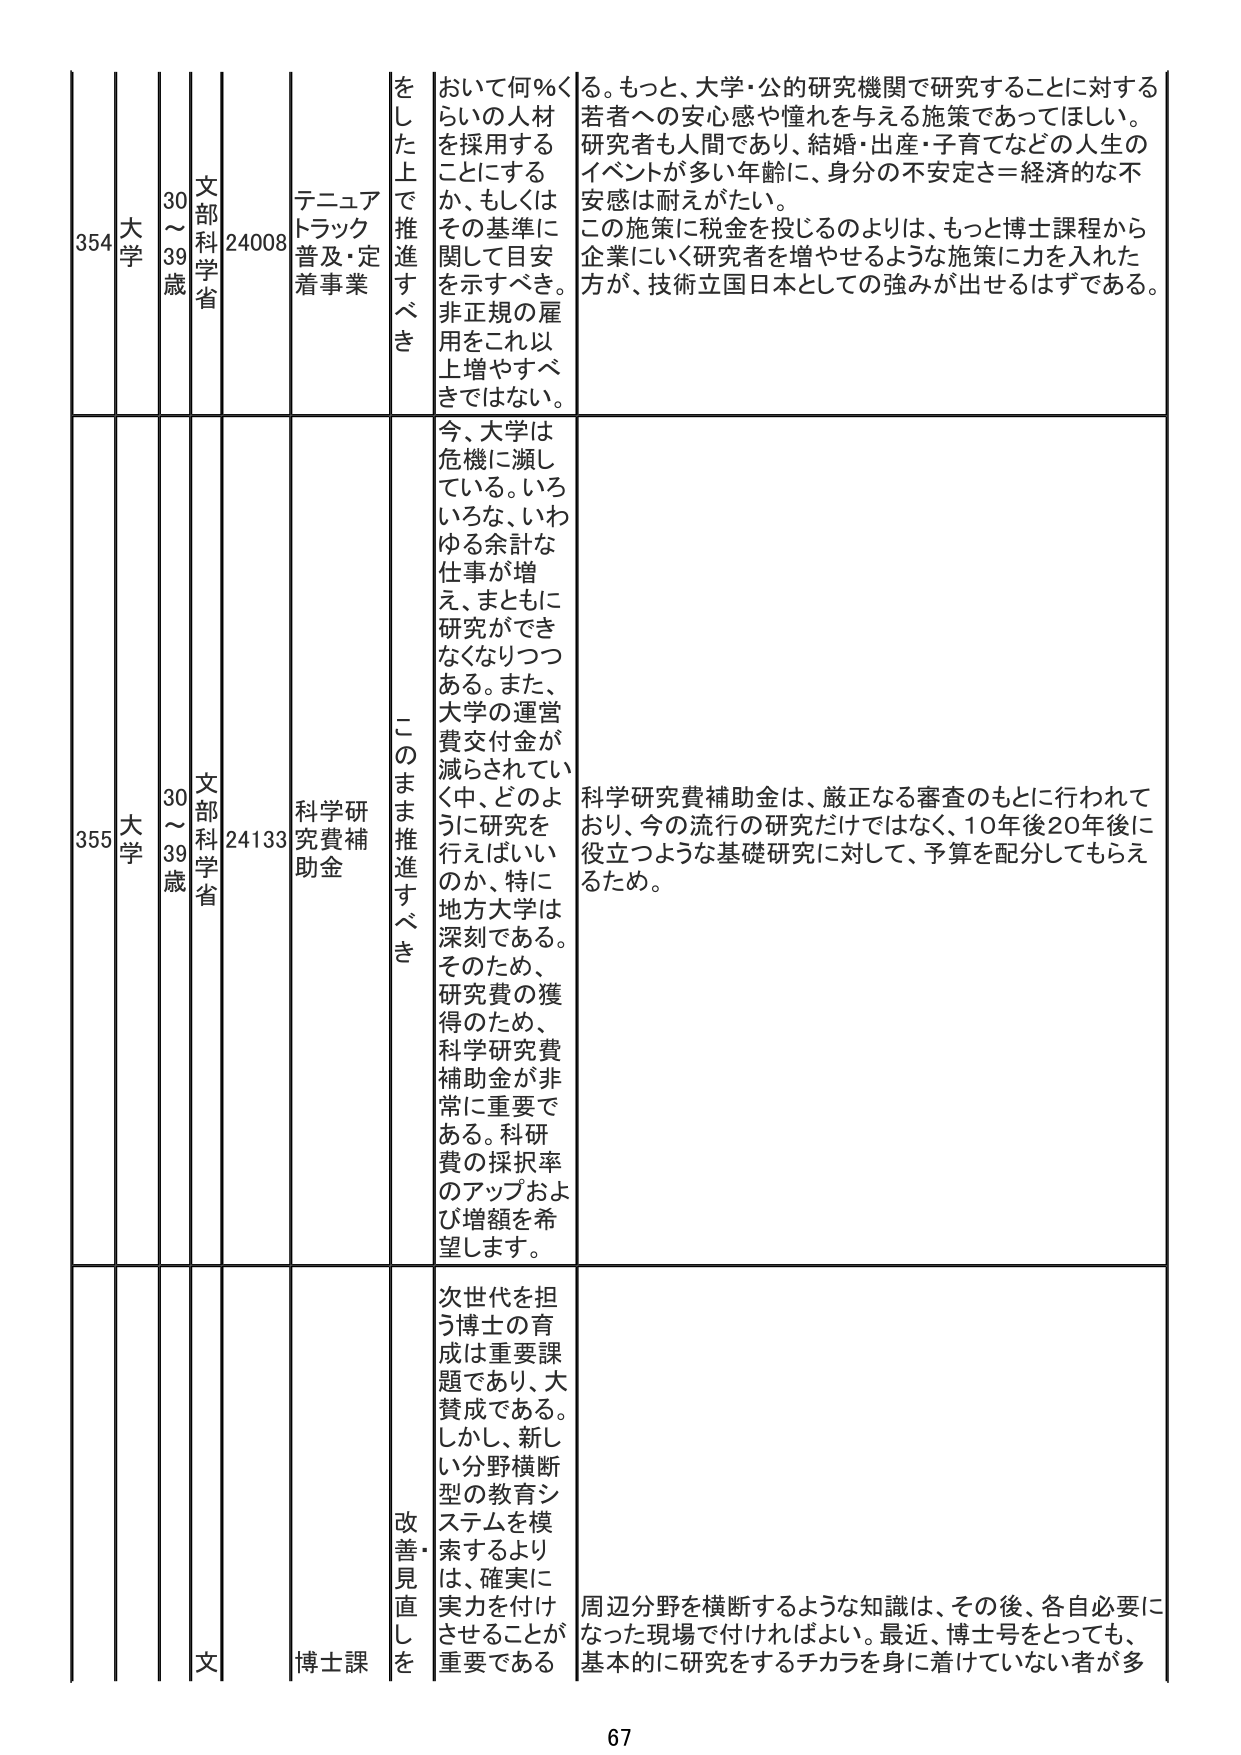
354 大学 30～39歳 文部科学省 24008 テニュアトラック普及・定着事業 をした上で推進すべき おいて何％くらいの人材を採用することにするか、もしくはその基準に関して目安を示すべき。非正規の雇用をこれ以上増やすべきではない。 る。もっと、大学・公的研究機関で研究することに対する若者への安心感や憧れを与える施策であってほしい。研究者も人間であり、結婚・出産・子育てなどの人生のイベントが多い年齢に、身分の不安定さ＝経済的な不安感は耐えがたい。この施策に税金を投じるのよりは、もっと博士課程から企業にいく研究者を増やせるような施策に力を入れた方が、技術立国日本としての強みが出せるはずである。

355 大学 30～39歳 文部科学省 24133 科学研究費補助金 このまま推進すべき 今、大学は危機に瀕している。いろいろな、いわゆる余計な仕事が増え、まともに研究ができなくなりつつある。また、大学の運営費交付金が減らされていく中、どのように研究を行えばいいのか、特に地方大学は深刻である。そのため、研究費の獲得のため、科学研究費補助金が非常に重要である。科研費の採択率のアップおよび増額を希望します。 科学研究費補助金は、厳正なる審査のもとに行われており、今の流行の研究だけではなく、10年後20年後に役立つような基礎研究に対して、予算を配分してもらえるため。

文 博士課 改善・見直しを 次世代を担う博士の育成は重要課題であり、大賛成である。しかし、新しい分野横断型の教育システムを模索するよりは、確実に実力を付けさせることが重要である 周辺分野を横断するような知識は、その後、各自必要になった現場で付ければよい。最近、博士号をとっても、基本的に研究をするチカラを身に着けていない者が多

67